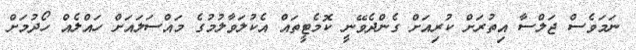
ނަމަވެސް ޖަލްސާ އިތުރަށް ކުރިއަށް ގެންދެވޭނީ ކޮމެޓީތައް އެކުލަވާލުމުގެ މައްސަލައަށް ހައްލެއް ހޯދުމަށް